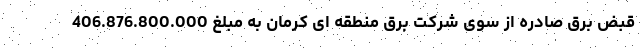
قبض برق صادره از سوی شرکت برق منطقه ای کرمان به مبلغ 406.876.800.000